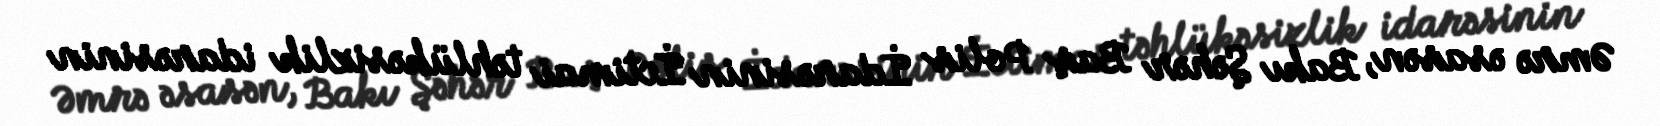
Əmrə əsasən, Bakı Şəhər Baş Polis İdarəsinin İctimai təhlükəsizlik idarəsinin